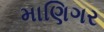
માણિગર